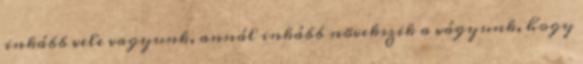
inkább vele vagyunk, annál inkább növekszik a vágyunk, hogy